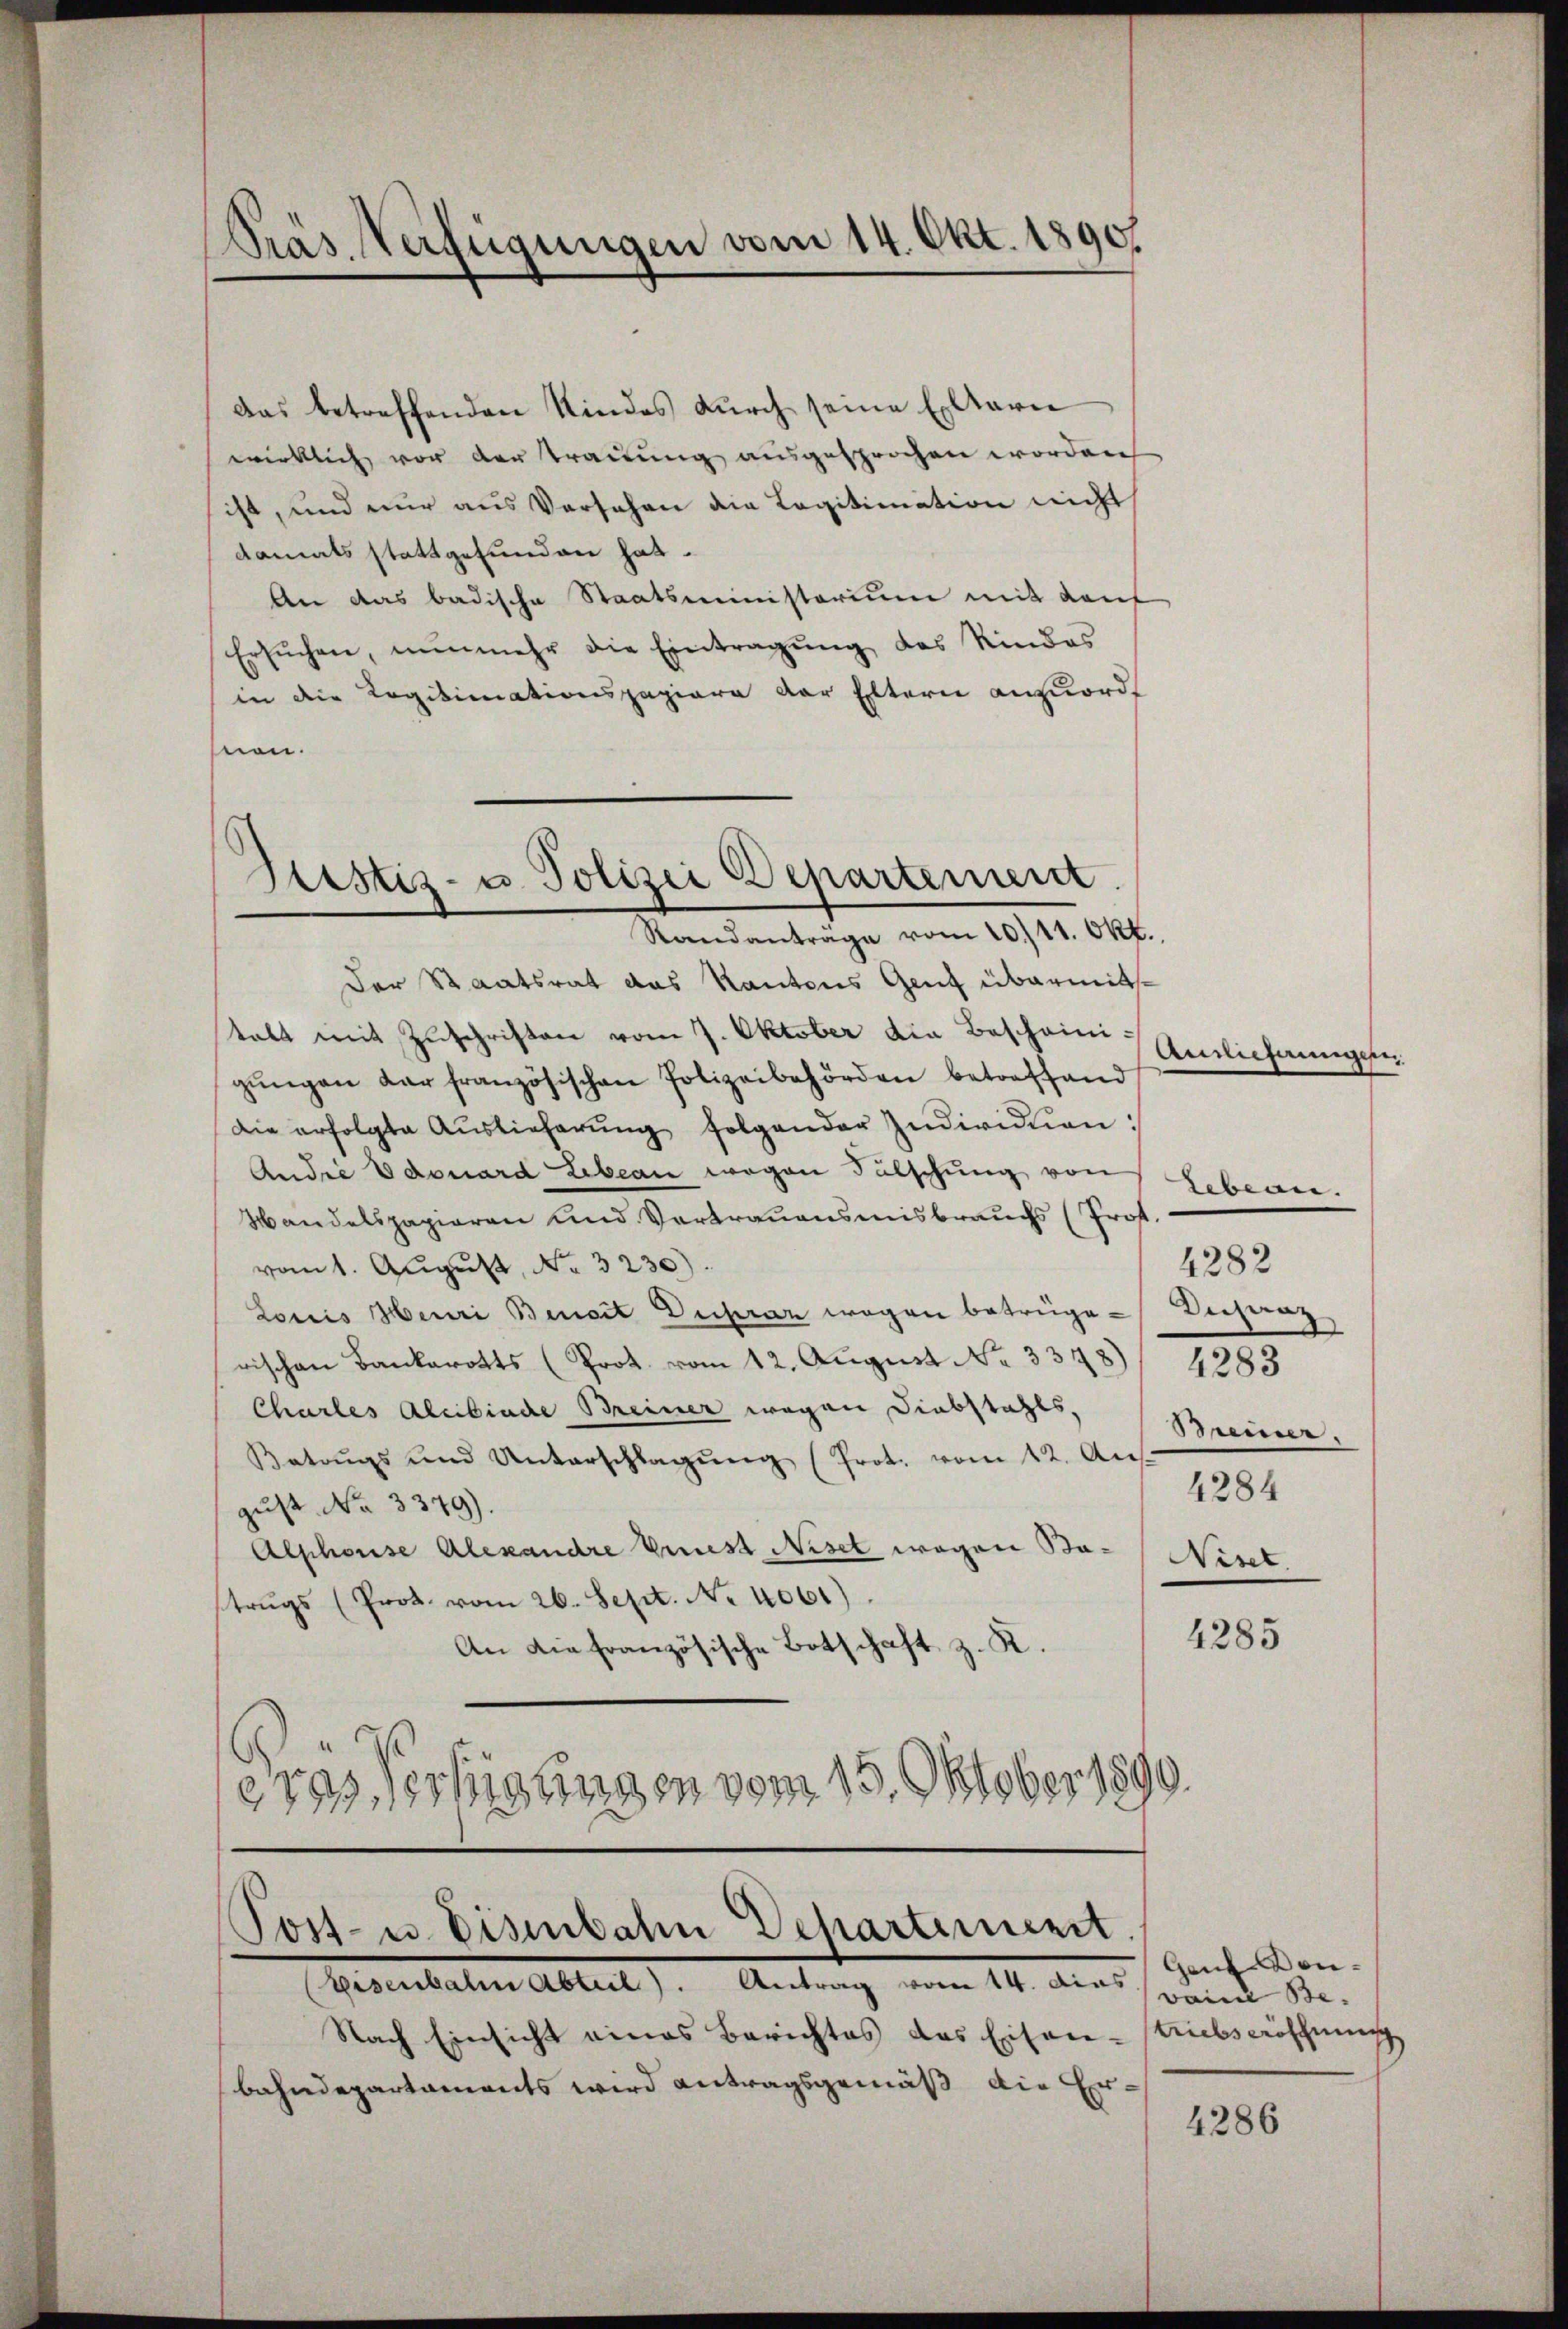
Präs. Verfügungen vom 14. Okt. 1890.

das betreffenden Kindes durch seine Elterie
wirklich vor der Trauung ausgesprochen worden
ist, und nur aus Versehen die Legitimation nicht
damals stattgefunden hat.
An das badische Staatsministerium mit den
Ersŭchen, nunmehr die Eintragŭng des Rindes
in die Legitimationspapiere der Eltern anzuordt
nen.
Der Staatsrat das Kantons Genf übermittalt mit Zuschriften vom 7. Oktober die Bescheini-
gŭngen der französischen Polizeibehörden betreffend
Die erfolgte Aŭslieferŭng folgender Individuen:
Andie Edouard Leben wegen Fälschung von
Wandelspapieren und Vertrauensmisbrauchs (Prof.
vom 1. August, No. 3230).
Louis Henri Benoit Deparan wegen betrüge-Decheng
rischen Bankarotts (Prot. vom 12. August No. 3348)
Charles Alibinde Breiner wegen Diebstahls,
Batoŭgs und Unterschlagŭng (Prot. vom 12. Aŭs
gust No 3379).
Alphonse Alexandre Vriest Niset wegen Ba- Niset.
trŭgs (Prot. vom 26. Sept. No. 4061)
An die französische Botschaft z. K.
eras Vertigungen vom 15. Oktober 1890.

Justiz- u. Polizei Departement.
Standanträge vom 20./11. Okt.

Tost- u. Eisenbahn Departement.

Lebenn.
4282
Beiner.
4284

Gauf Den

(Eisenbahn Abteil). Antrag vom 14. dies sein Be¬
Nach Einsicht eines Berichtes das Eisen-Triebseröffnung
bahndepartaments wird antragsgemäß die Er¬

Anmiehungen

4283

4285

4286